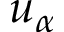
u _ { \alpha }